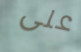
على